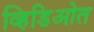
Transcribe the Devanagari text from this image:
व्हिडिओत